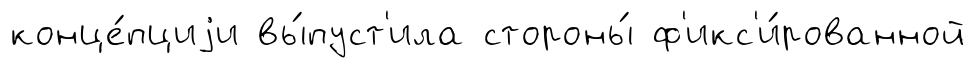
конце́пциjи вы́пуст'ила стороны́ ф'икс'и́рованной